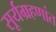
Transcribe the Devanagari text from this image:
सूर्यग्रहणांत